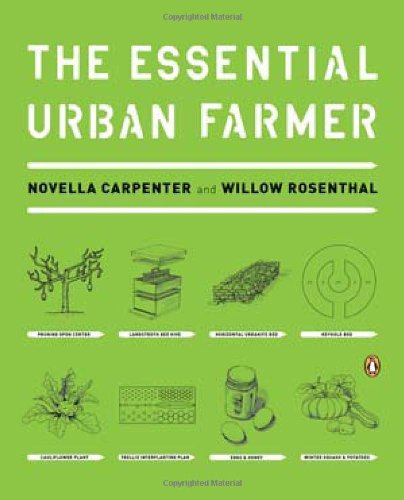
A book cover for The Essential Urban Farmer; Novella Carpenter; Crafts, Hobbies & Home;